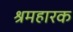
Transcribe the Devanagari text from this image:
श्रमहारक